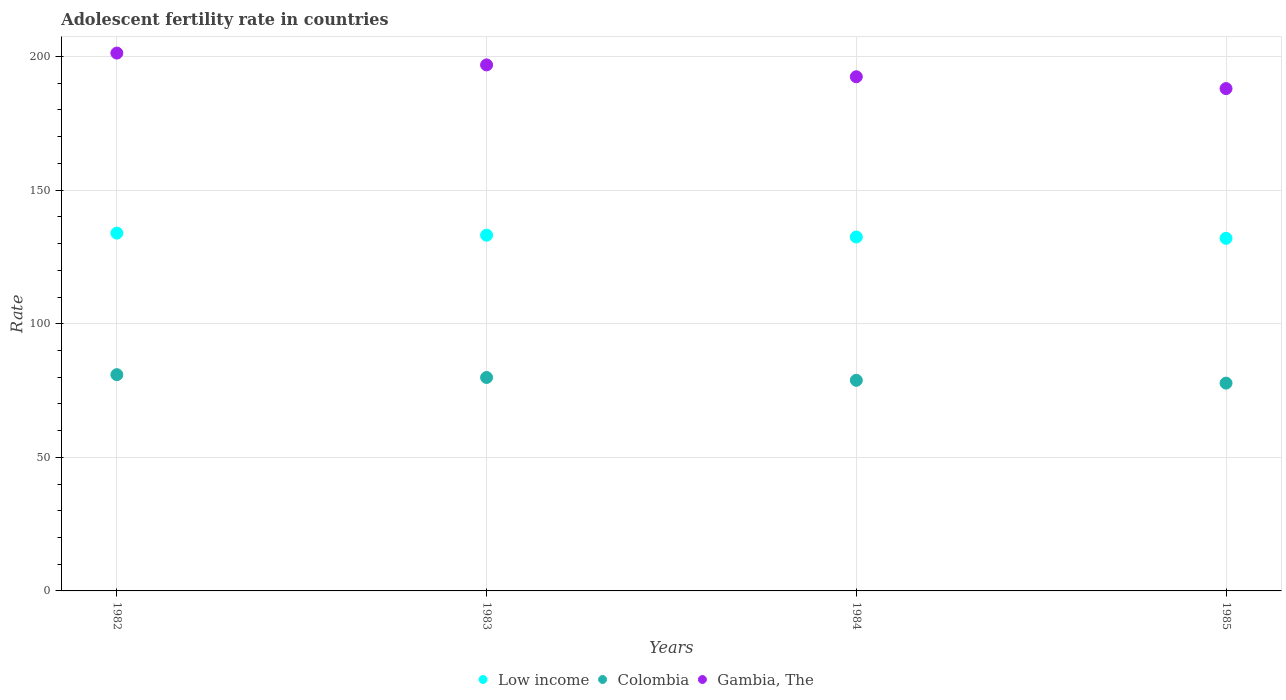
| Years | Low income | Colombia | Gambia, The |
 | --- | --- | --- | --- |
 | 1982 | 134 | 80.9 | 201 |
 | 1983 | 133 | 79.9 | 197 |
 | 1984 | 132 | 78.8 | 192 |
 | 1985 | 132 | 77.8 | 188 |